Insane asylums Bombay 1873-77 - 1873-1877
Year: 1873
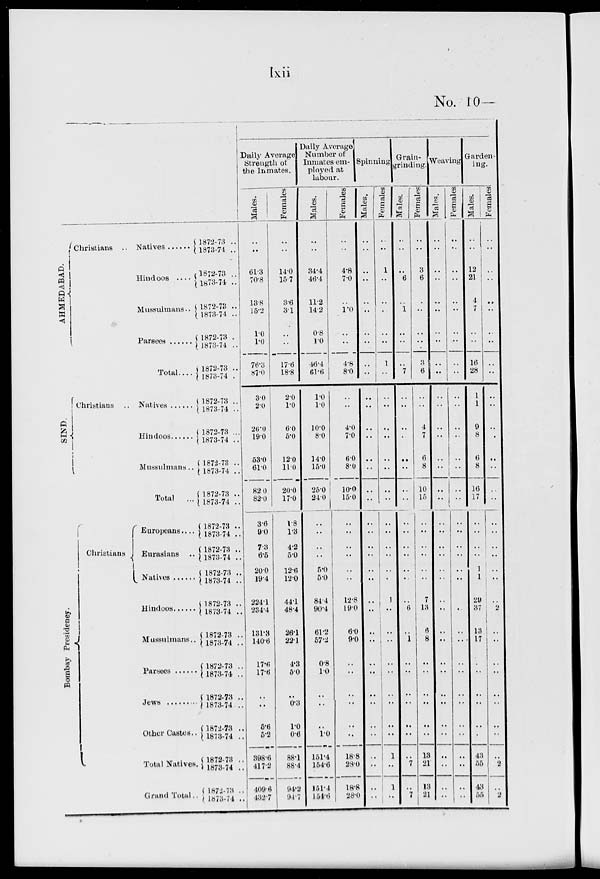
lxii
No. 10 —
AHMEDABAD.
Christians ..
Native ......
Hindoos ....
Mussulmans ..
Parsees
......
Total ....
SIND.
Christians .. Natives
Hindoos ......
Mussulmans ..
Total ...
Bombay Presideney.
Christians
Europeans ....
Eurasians ..
Native ......
Hindoos ......
Mussulmans ..
Parsees ......
Jews ..........
Other Castes ..
Total Natives.
Grand Total ..
1872-73 ..
1873-74 ..
1872-73 ..
1873-74 ..
1872-73 ..
1873-74 ..
1872-73 ..
1873-74 ..
1872-73 ..
1873-74 ..
1872-73 ..
1873-74 ..
1872-73 ..
1873-74 ..
1872-73 ..
1873-74 ..
1872-73
1873-74 ..
1872-73 ..
1873-74 ..
1872-73 ..
1873-74 ..
1872-73 ..
1873-74 ..
1872-73 ..
1873-74 ..
1872-73 ..
1873-74 ..
1872-73 ..
1873-74 ..
1872-73 ..
1873-74 ..
1872-73 ..
1873-74 ..
1872-73 ..
1873-74 ..
1872-73 ..
1873-74 ..
Daily Average
Strength of
the Inmates.
Males.
..
..
61.3
70.8
13.8
15.2
1.0
1.0
76.3
87.0
3.0
2.0
26.0
19.0
53.0
61.0
82.0
82.0
3.6
9.0
7.3
6.5
20.0
19.4
224.1
234.4
131.3
140.6
17.6
17-6
..
..
5.6
5.2
398.6
417.2
409.6
432.7
Females.
..
..
14.0
15.7
3.6
3.1
..
..
17.6
18.8
2.0
1.0
6.0
5.0
12.0
11.0
20.0
17.0
1.8
1.3
4.2
5.0
12.6
12.0
44.1
48.4
26.1
22.1
4.3
5.0
..
0.3
1.0
0.6
88.1
88.4
94.2
94.7
Daily Average
Number of
Inmates em-
ployed at
labour.
Males.
..
..
34.4
46.4
11.2
14.2
0.8
1.0
46.4
61.6
1.0
1.0
10.0
8.0
14.0
15.0
25.0
24.0
..
..
..
..
5.0
5.0
84.4
90.4
61.2
57.2
0.8
1.0
..
..
..
1.0
151.4
154.6
151.4
154.6
Females.
..
..
4.8
7.0
..
1.0
..
..
4.8
8.0
..
..
4.0
7.0
6.0
8.0
10.0
15.0
..
..
..
..
..
..
12.8
19.0
6.0
9.0
..
..
..
..
..
..
18.8
28.0
18.8
28.0
Spinning.
Males.
..
..
..
..
..
..
..
..
..
..
..
..
..
..
..
..
..
..
..
..
..
..
..
..
..
..
..
..
..
..
..
..
..
..
..
..
..
..
Females.
..
..
1
..
..
..
..
..
1
..
..
..
..
..
..
..
..
..
..
..
..
..
..
..
1
..
..
..
..
..
..
..
..
..
1
..
1
..
Grain-
grinding.
Males.
..
..
..
6
..
1
..
..
..
7
..
..
..
..
..
..
..
..
..
..
..
..
..
..
..
6
..
1
..
..
..
..
..
..
..
7
..
7
Females.
..
..
3
6
..
..
..
..
3
6
..
..
4
7
6
8
10
15
..
..
..
..
..
..
7
13
6
8
..
..
..
..
..
..
13
21
13
21
Weaving
Males.
..
..
..
..
..
..
..
..
..
..
..
..
..
..
..
..
..
..
..
..
..
..
..
..
..
..
..
..
..
..
..
..
..
..
..
..
..
..
Females.
..
..
..
..
..
..
..
..
..
..
..
..
..
..
..
..
..
..
..
..
..
..
..
..
..
..
..
..
..
..
..
..
..
..
..
..
..
..
Garden-
ing.
Males.
..
..
12
21
4
7
..
..
16
28
1
1
9
8
6
8
16
17
..
..
..
..
1
1
29
37
13
17
..
..
..
..
..
..
43
55
43
55
Females.
..
..
..
..
..
..
..
..
..
..
..
..
..
..
..
..
..
..
..
..
..
..
..
..
..
2
..
..
..
..
..
..
..
..
..
2
..
2